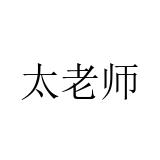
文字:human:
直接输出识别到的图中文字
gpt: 太老师